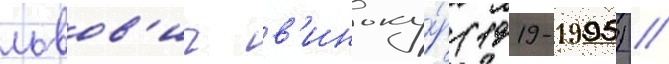
львов'ич в'иноку́р (1919-1995) /